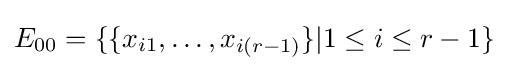
E_{00}=\{\{x_{i1},\ldots ,x_{i(r-1)}\}|1\leq i\leq r-1\}